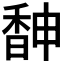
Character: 𩡃